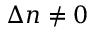
\Delta n \neq 0